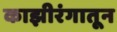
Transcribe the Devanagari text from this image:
काझीरंगातून